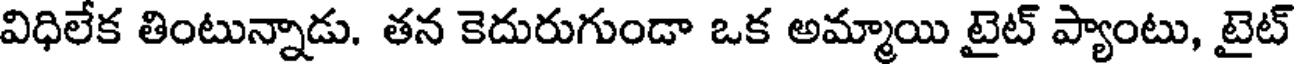
విధిలేక తింటున్నాడు. తన కెదురుగుండా ఒక అమ్మాయి టైట్ ప్యాంటు, టైట్